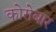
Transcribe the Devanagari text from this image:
कोरोबार